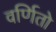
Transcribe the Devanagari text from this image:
वर्णितो